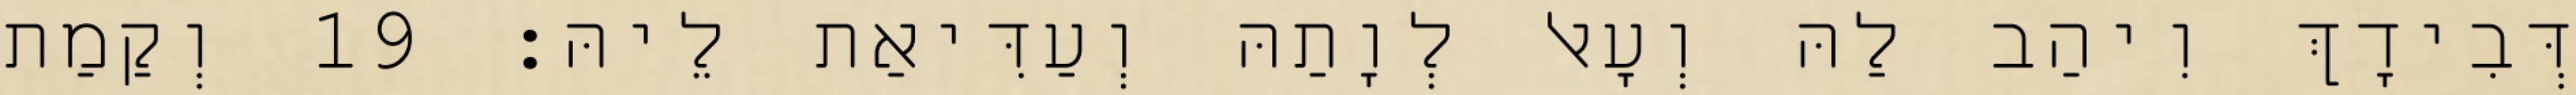
דְּבִידָךְ וִיהַב לַהּ וְעָאל לְוָתַהּ וְעַדִּיאַת לֵיהּ׃ 19 וְקַמַת